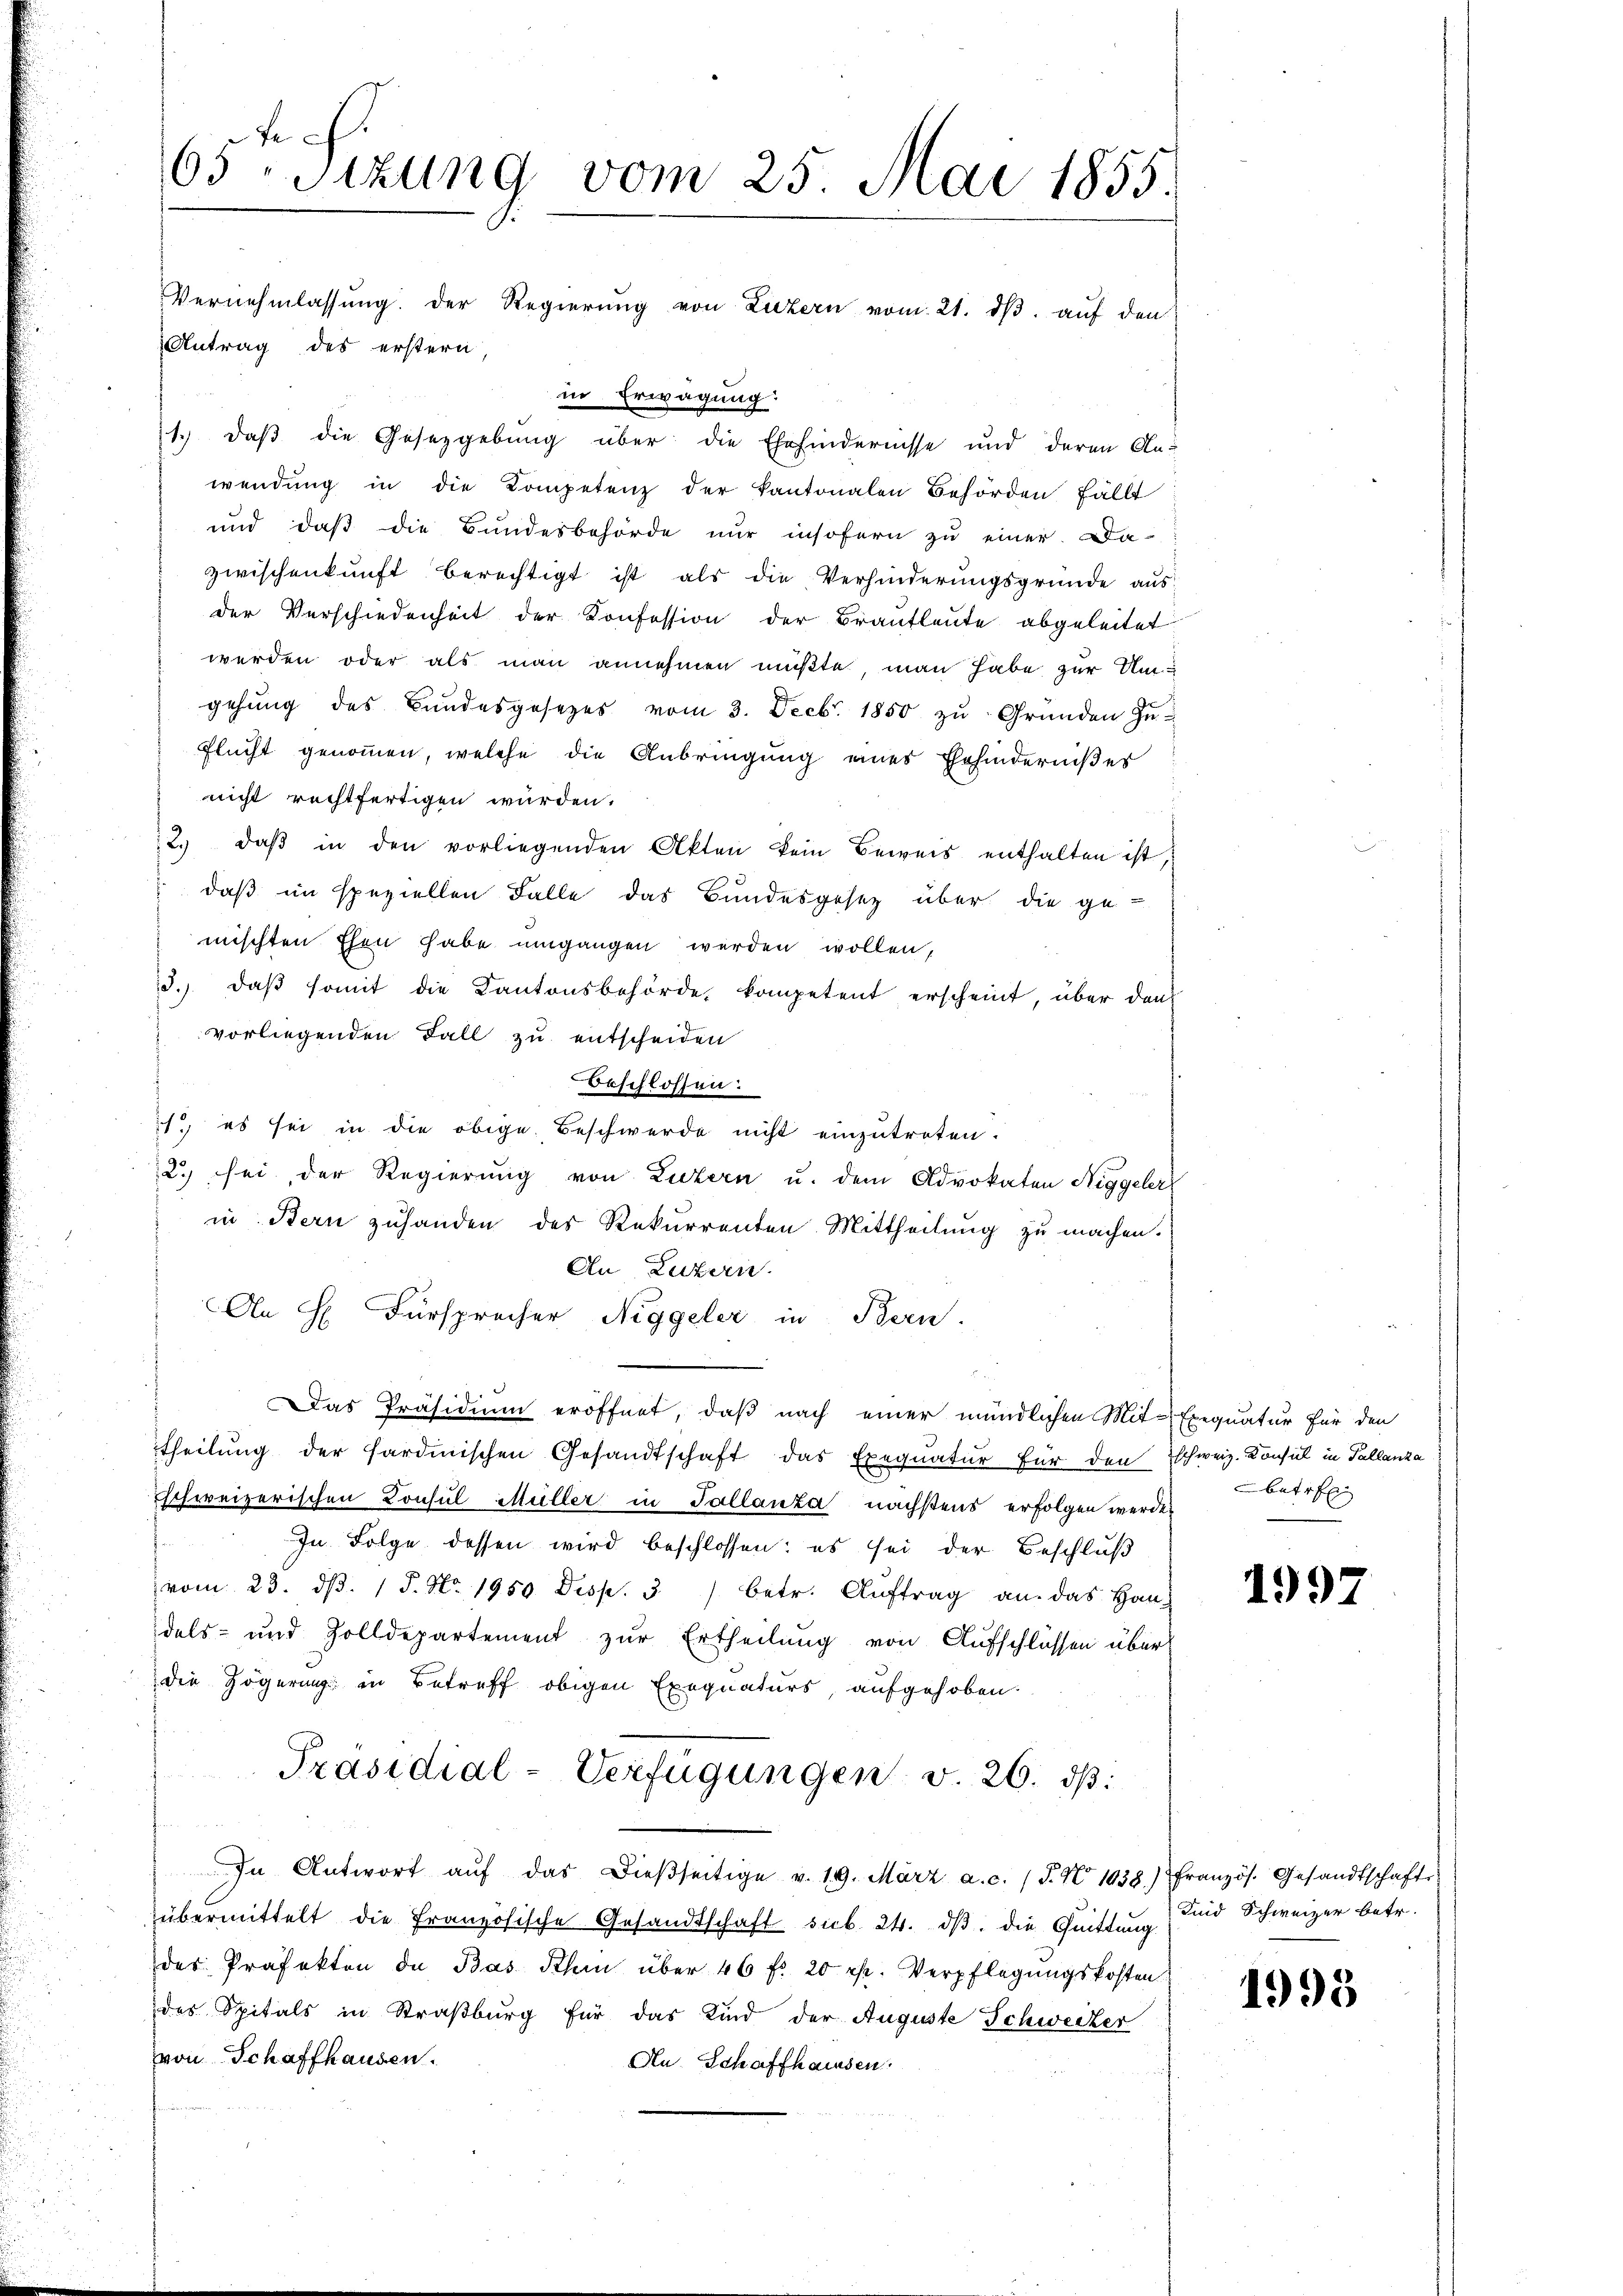
te.
63Stzung vom 25. Mai 1855.
Vernehmlassŭng. Der Regierŭng von Luzern vom 21. dβ aŭf den
Antrag des erstern

in Erwägung:
1.) daß die Gesetzgebung über die Ehehindernisse und deren Anwendung in die Kompetenz der Kantonalen Behörden fällt
und daß die Bundesbehörde nur insofern zu einer. Da
zwischenkunft berechtigt ist als die Verhinderungsgründe aus
der Verschiedenheit der Konfession der Brautleute abgeleitet
werden oder als man annehmen müßte, man habe zur Umgehung des Bundesgesetzes vom 3. Decbr. 1850 zŭ Gründen Zu-
Flucht genommen, welche die Anbringung eines Ehehindernißes
nicht rechtfertigen wurden.
2. daβ in den vorliegenden Akten kein Beweis enthalten ist.
 daß im speziellen Falle das Bundesgesetz über die ge-
mischten Ehen habe umgangen werden wollen,
13. daβ somit die Kantonsbehörde, kompetent erscheint, über den
vorliegenden Fall zu entscheiden
Beschlossen:
1. es sei in die obige Beschwerde nicht einzutreten.
2. sei der Regierŭng von Luzern u. dem Advokaten Niggeler
in Stern zuhanden des Rekurrenten Mittheilung zu machen.
An Luzern.
An H. Fürsprecher Niggeler in Bern.
Das Präsidium eröffnet, daß nach einer mündlichen Mit-Exequatur für den
theilŭng der sardinischen Gesandtschaft das Exequatur für den Eschweiz. Konsul in Tallanza
Eschweizerischen Lonsul Müller in Tallanza nächstens erfolgen werde,
In Folge dessen wird beschlossen: es sei der Beschluß
vom 23. dβ. 15. No. 1950. Desp. 3 betr. Aŭftrag an das Han-
dels- und Zolldepartement zur Ertheilung von Aufschlüssen über
die Zögerung in Betreff obigen Exequaturs, aufgehoben.
Präsidial-Verfügungen v. 26. ds.
In Antwort aŭf das dieβseitige v. 19. März a.c. (T. N 1038.) Französ. Gesandtschafts-
übermittelt die Französische Gesandtschaft sub. 24. ds. die Quittung
des Präfekten de Bas Schein über 46 f. 20 rp. Verpflegŭngskosten
des Spitals in Straßburg für das Kind der Auguste Schweizer
von Schaffhausen.
An Schaffhausen.

betr

1997

Sind Schweizer betr.

1995